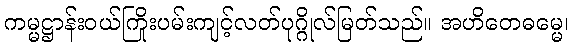
ကမ္မဋ္ဌာန်းဝယ်ကြိုးပမ်းကျင့်လတ်ပုဂ္ဂိုလ်မြတ်သည်။ အဟိတေဓမ္မေ၊